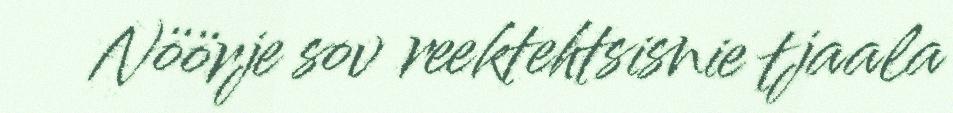
Nöörje sov reektehtsisnie tjaala